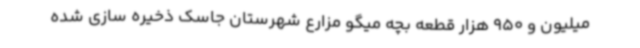
میلیون و 950 هزار قطعه بچه میگو مزارع شهرستان جاسک ذخیره سازی شده